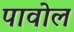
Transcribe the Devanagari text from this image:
पावोल